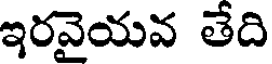
ఇరవైయవ తేది